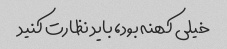
خیلی کهنه بود، باید نظارت کنید